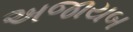
અજાયબ